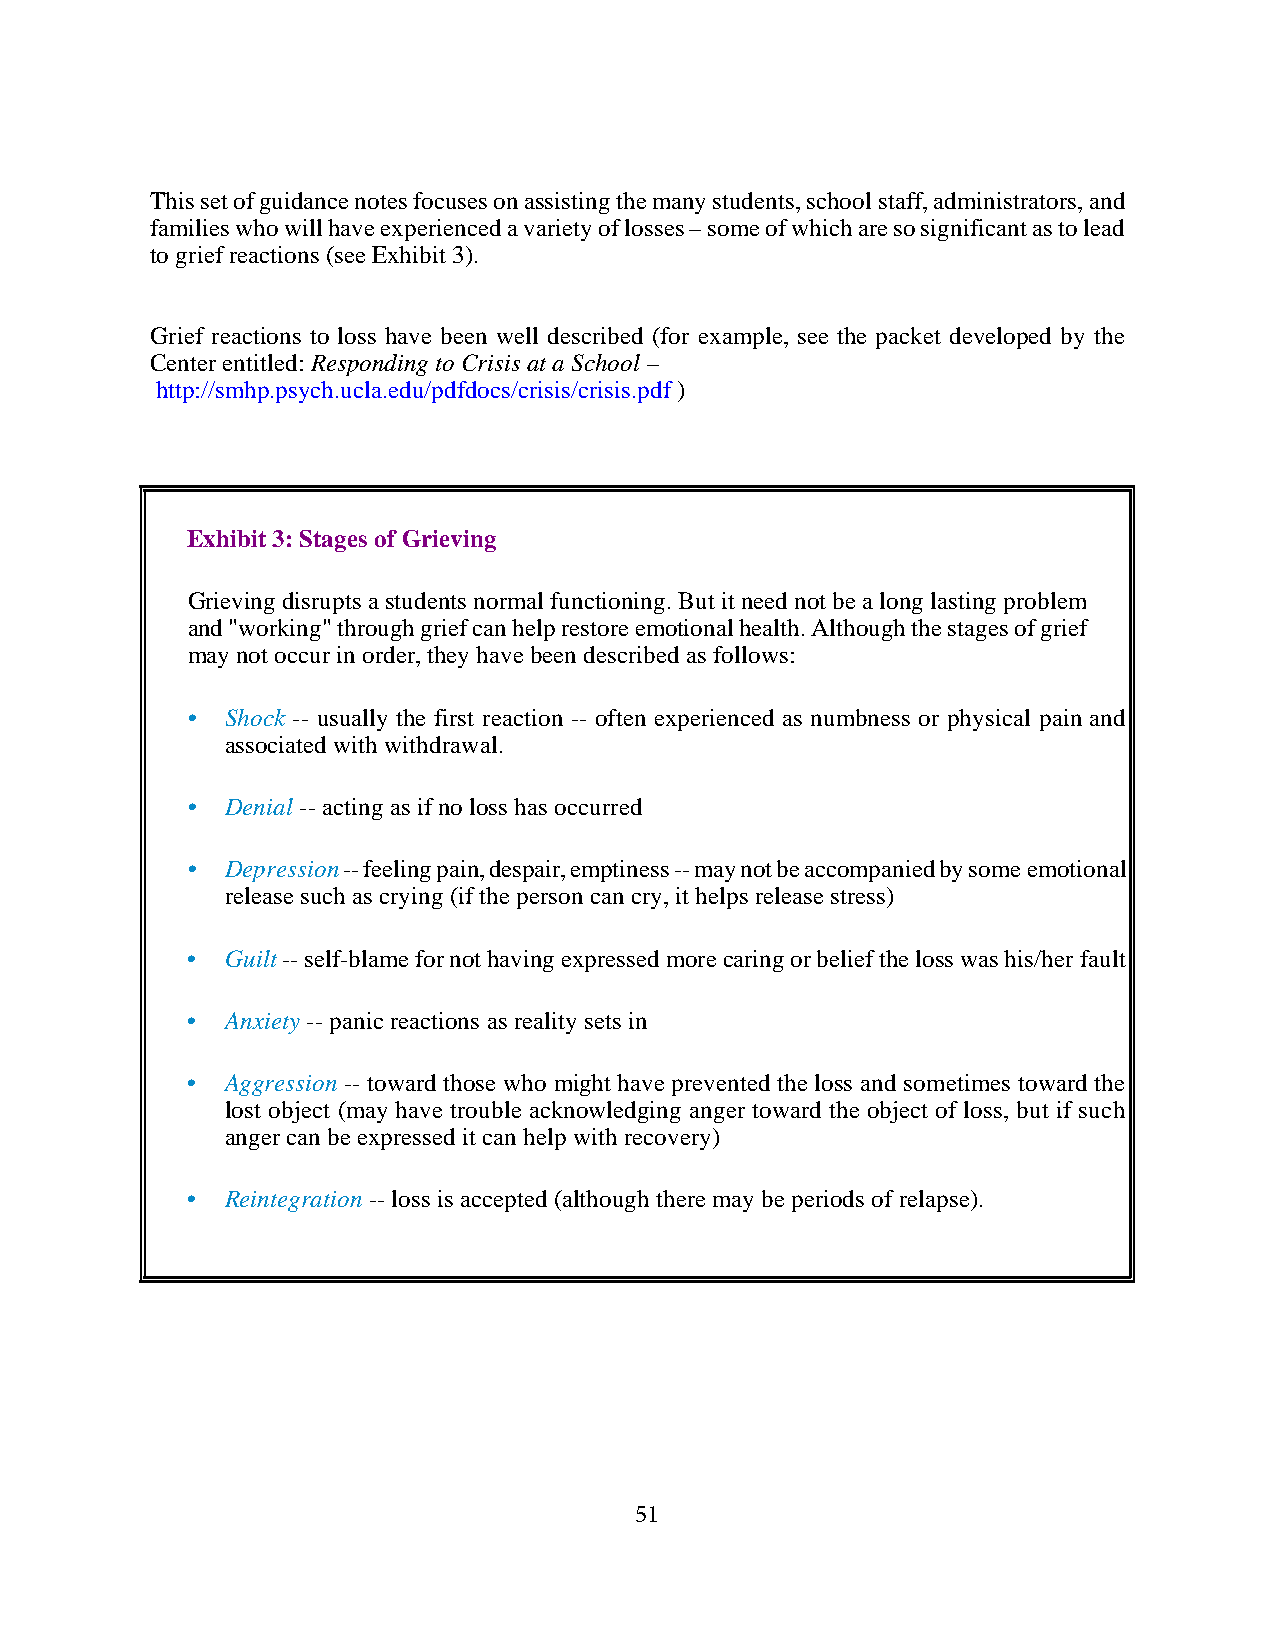
This set of guidance notes focuses on assisting the many students, school staff, administrators, and
 families who will have experienced a variety of losses – some of which are so significant as to lead
 to grief reactions (see Exhibit 3).
 Grief reactions to loss have been well described (for example, see the packet developed by the
 Center entitled: Responding to Crisis at a School –
 http://smhp.psych.ucla.edu/pdfdocs/crisis/crisis.pdf )
 Exhibit 3: Stages of Grieving
 Grieving disrupts a students normal functioning. But it need not be a long lasting problem
 and "working" through grief can help restore emotional health. Although the stages of grief
 may not occur in order, they have been described as follows:
 •  Shock -- usually the first reaction -- often experienced as numbness or physical pain and
 associated with withdrawal.
 •  Denial -- acting as if no loss has occurred
 •  Depression -- feeling pain, despair, emptiness -- may not be accompanied by some emotional
 release such as crying (if the person can cry, it helps release stress)
 •  Guilt -- self-blame for not having expressed more caring or belief the loss was his/her fault
 •  Anxiety -- panic reactions as reality sets in
 •  Aggression -- toward those who might have prevented the loss and sometimes toward the
 lost object (may have trouble acknowledging anger toward the object of loss, but if such
 anger can be expressed it can help with recovery)
 •  Reintegration -- loss is accepted (although there may be periods of relapse).
 51